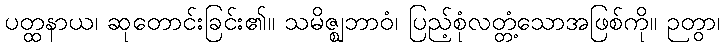
ပတ္ထနာယ၊ ဆုတောင်းခြင်း၏။ သမိဇ္ဈဘာဝံ၊ ပြည့်စုံလတ္တံ့သောအဖြစ်ကို။ ဉတွာ၊